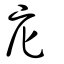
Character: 庀